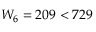
W _ { 6 } = 2 0 9 < 7 2 9